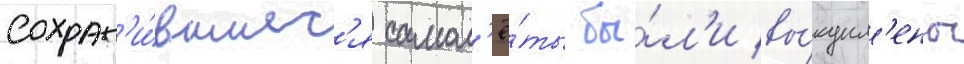
Сохран'и́вшиес'я самол'ё́ты бы́л'и вы́купл'ены